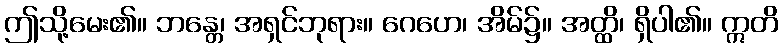
ဤသို့မေး၏။ ဘန္တေ၊ အရှင်ဘုရား။ ဂေဟေ၊ အိမ်၌။ အတ္ထိ၊ ရှိပါ၏။ ဣတိ